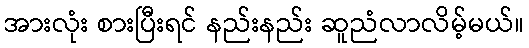
အားလုံး စားပြီးရင် နည်းနည်း ဆူညံလာလိမ့်မယ်။